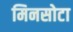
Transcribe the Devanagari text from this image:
मिनसोटा